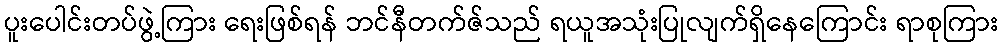
ပူးပေါင်းတပ်ဖွဲ့ကြား ရေးဖြစ်ရန် ဘင်နီတက်ဇ်သည် ရယူအသုံးပြုလျက်ရှိနေကြောင်း ရာစုကြား